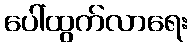
ပေါ်ထွက်လာရေး